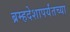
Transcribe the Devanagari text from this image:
ब्रम्हदेशापर्यंतच्या